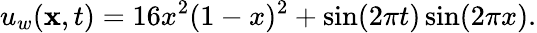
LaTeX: u_{w}(\mathbf{x},t)=16x^{2}(1-x)^{2}+\sin(2\pi t)\sin(2\pi x).